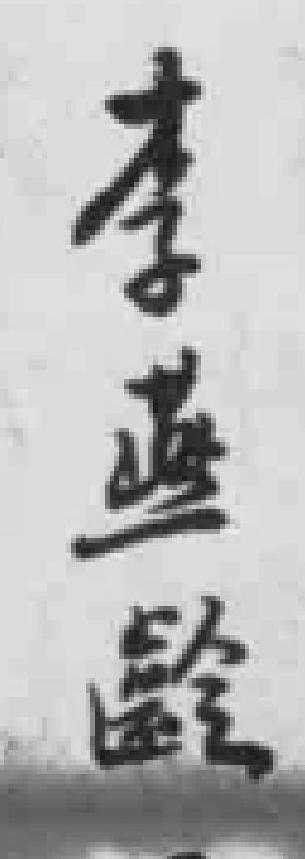
李燕齡